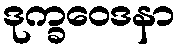
ဒုက္ခဝေဒနာ